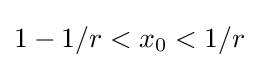
1-1/r<x_{0}<1/r